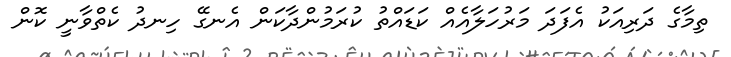
ތިމާގެ ދަރިއަކު އެފަދަ މަރުހަލާއެއް ކަޑައްތު ކުރަމުންދާކަން އެނގޭ ހިނދު ކެތްވާނީ ކޮން